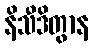
နိသီဒိတွာန